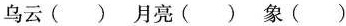
乌云（） 月亮（） 象（）